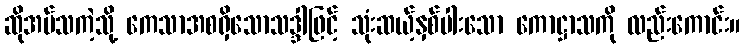
ဆိုအပ်သကဲ့သို့ ကေသာအစရှိသောသဒ္ဒါဖြင့် သုံးဆယ့်နှစ်ပါးသော ကောဋ္ဌာသကို လည်းကောင်း။